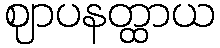
ဈာပနတ္ထာယ